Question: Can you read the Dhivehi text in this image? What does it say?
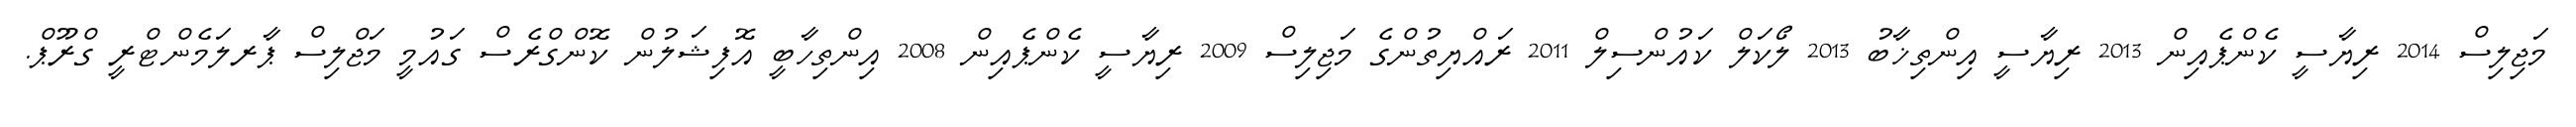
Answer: މަޖިލިސް 2014 ރިޔާސީ ކެންޕެއިން 2013 ރިޔާސީ އިންތިޚާބު 2013 ލޯކަލް ކައުންސިލް 2011 ރައްޔިތުންގެ މަޖިލިސް 2009 ރިޔާސީ ކެންޕެއިން 2008 އިންތިހާބީ އޮފިޝަލުން ކޮންގްރެސް ގައުމީ މަޖްލިސް ޕާރލަމެންޓްރީ ގްރޫޕް.